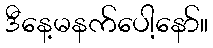
ဒီနေ့မနက်ပေါ့နော်။